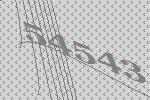
54543